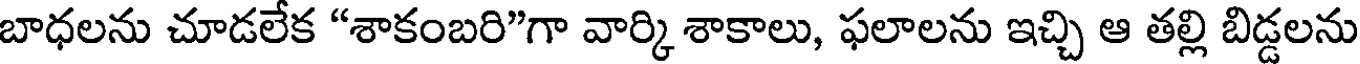
బాధలను చూడలేక "శాకంబరి"గా వార్కి శాకాలు, ఫలాలను ఇచ్చి ఆ తల్లి బిడ్డలను